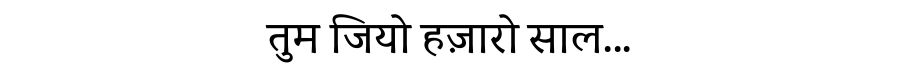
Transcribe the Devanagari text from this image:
तुम जियो हज़ारो साल...